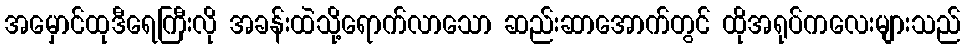
အမှောင်ထုဒီရေကြီးလို အခန်းထဲသို့ရောက်လာသော ဆည်းဆာအောက်တွင် ထိုအရုပ်ကလေးများသည်